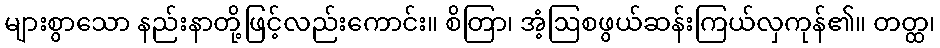
များစွာသော နည်းနာတို့ဖြင့်လည်းကောင်း။ စိတြာ၊ အံ့ဩစဖွယ်ဆန်းကြယ်လှကုန်၏။ တတ္ထ၊